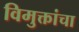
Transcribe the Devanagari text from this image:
विमुक्तांचा